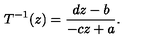
T ^ { - 1 } ( z ) = \frac { d z - b } { - c z + a } .